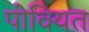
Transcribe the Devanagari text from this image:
पोवियत